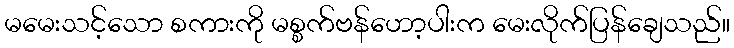
မမေးသင့်သော စကားကို မစ္စက်ဗန်ဟော့ပါးက မေးလိုက်ပြန်ချေသည်။